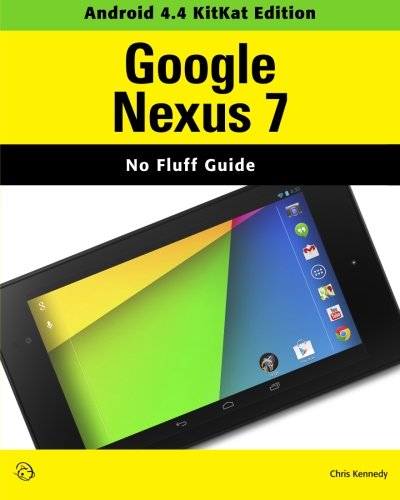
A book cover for Google Nexus 7 (Android 4.4 KitKat Edition); Chris Kennedy; Computers & Technology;